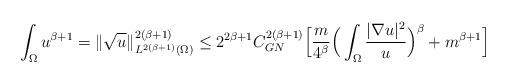
LaTeX: \begin{align*}\int_\Omega u^{\beta+1}&=\lVert \sqrt{u}\rVert^{2(\beta+1)}_{L^{2(\beta+1)}(\Omega)}\leq 2^{2\beta+1}C_{GN}^{2(\beta+1)}\Big[\frac{m}{4^\beta}\Big(\int_\Omega \frac{\lvert \nabla u \rvert^2}{u}\Big)^\beta+m^{\beta+1}\Big]\end{align*}